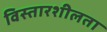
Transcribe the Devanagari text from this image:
विस्तारशीलता